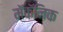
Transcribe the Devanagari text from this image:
मॅकॅनिक